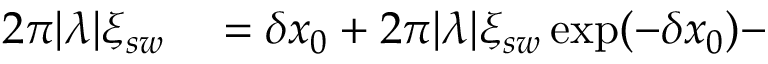
\begin{array} { r l } { 2 \pi | \lambda | \xi _ { s w } } & { { } = \delta x _ { 0 } + 2 \pi | \lambda | \xi _ { s w } \exp ( - \delta x _ { 0 } ) - } \end{array}